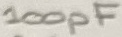
Text: 100pF